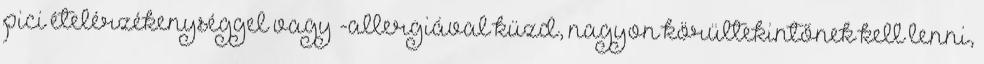
pici ételérzékenységgel vagy -allergiával küzd, nagyon körültekintőnek kell lenni,